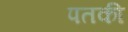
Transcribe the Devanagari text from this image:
पतकी